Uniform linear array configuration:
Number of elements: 12
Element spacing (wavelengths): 0.25
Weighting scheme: hamming
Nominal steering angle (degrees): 15
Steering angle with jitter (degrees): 13.934
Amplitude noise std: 0.05
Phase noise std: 0.05

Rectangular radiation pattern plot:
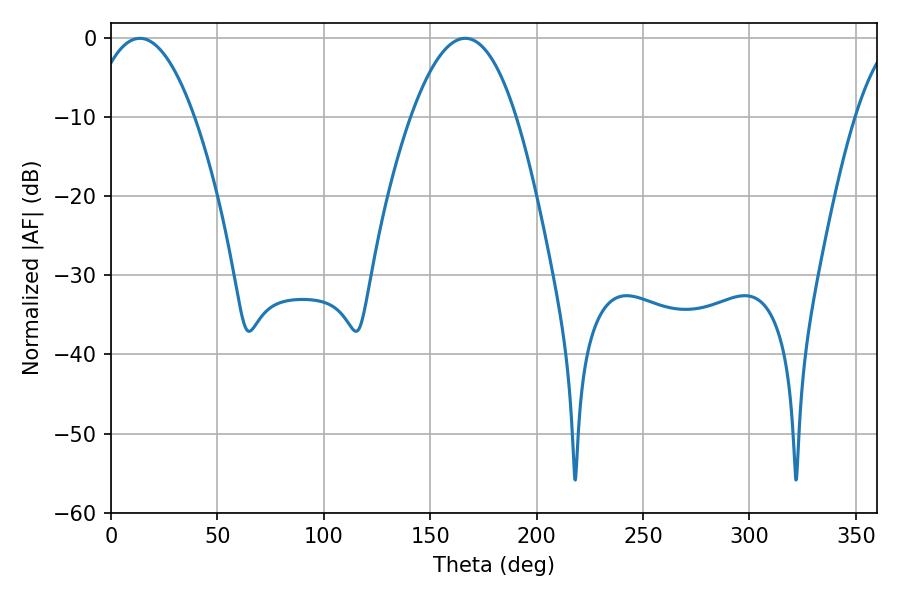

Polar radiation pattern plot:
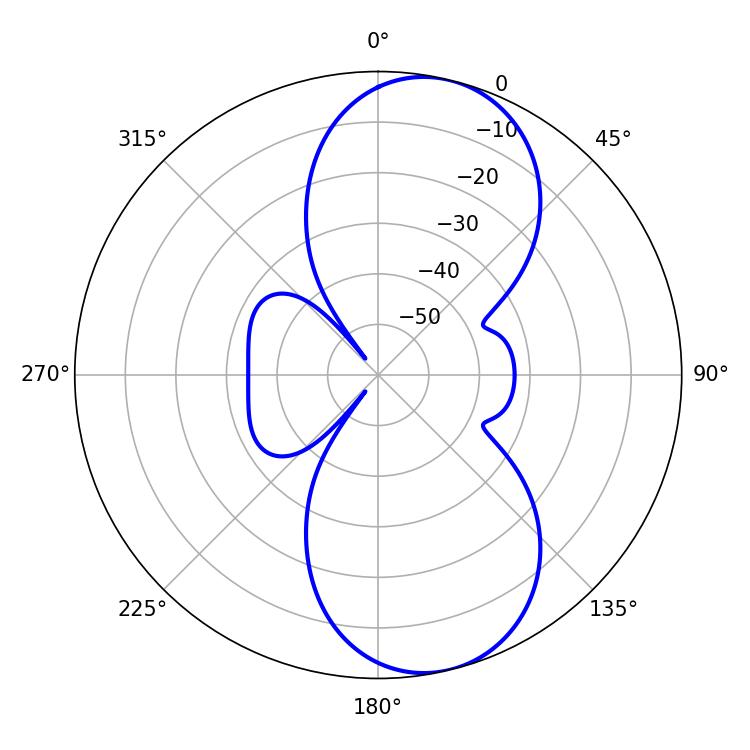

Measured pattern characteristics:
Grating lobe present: FALSE
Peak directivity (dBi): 9.174
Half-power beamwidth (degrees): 27.18
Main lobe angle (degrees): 13.5